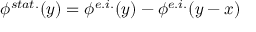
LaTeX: \phi ^ { s t a t . } ( y ) = \phi ^ { e . i . } ( y ) - \phi ^ { e . i . } ( y - x )